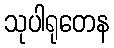
သုပါရုတေန